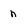
Character: n